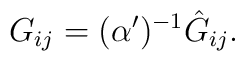
G_{ij}=(\alpha')^{-1}\hat{G}_{ij}.